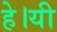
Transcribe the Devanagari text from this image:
हे।यी